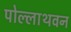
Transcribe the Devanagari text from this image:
पोल्लाथवन